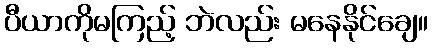
ပီယာကိုမကြည့် ဘဲလည်း မနေနိုင်ချေ။